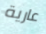
عارية